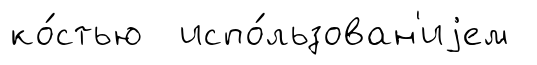
ко́стью испо́льзован'иjем